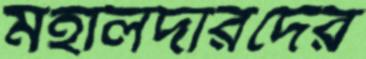
মহালদারদের